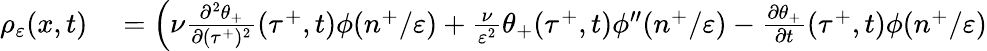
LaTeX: \begin{array}{rl}{\rho_{\varepsilon}(x,t)}&{{}=\Big(\nu\frac{\partial^{2}\theta_{+}}{\partial(\tau^{+})^{2}}(\tau^{+},t)\phi(n^{+}/\varepsilon)+\frac{\nu}{\varepsilon^{2}}\theta_{+}(\tau^{+},t)\phi^{\prime\prime}(n^{+}/\varepsilon)-\frac{\partial\theta_{+}}{\partial t}(\tau^{+},t)\phi(n^{+}/\varepsilon)}\end{array}